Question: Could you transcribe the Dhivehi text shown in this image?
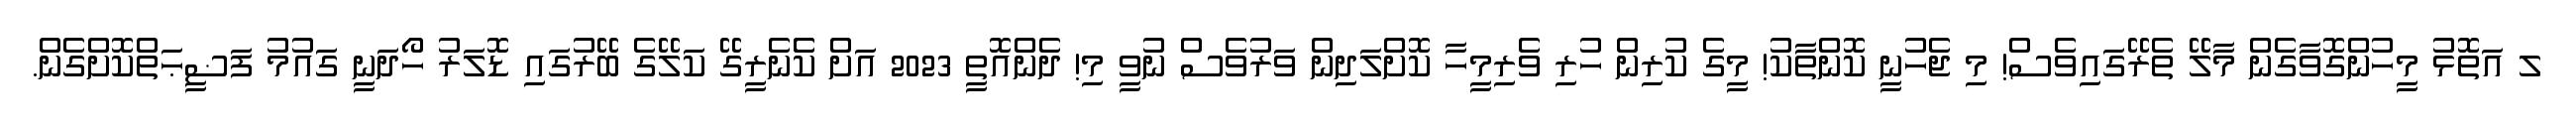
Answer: ލ އަތޮޅު މީހުންގޮވާގެން މާލޭ ތެރޭގައިވެސް! މި ޖެހުނީ ކޮންތާކު! މީގެ ކުރިން ހުރި ވެރިމީހާ ކޮށްލަދިން ވަރުވެސް ނުވީ މި! ދެންއޮތީ 2023 އަށް ކެެނެރީގޭ ކަލޭގެ ބޭރުގައި ޑޮލަރު ހޯދަނީ ގައުމު ފަޟީޙަތްކޮށްގެން.